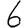
Digit: 6